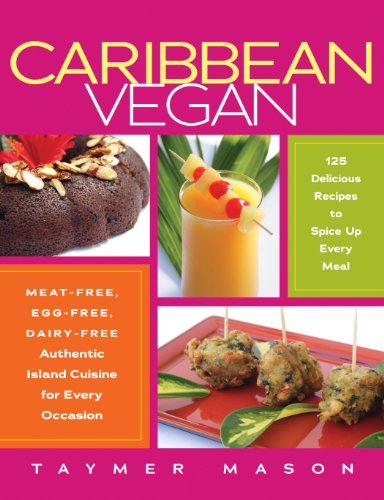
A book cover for Caribbean Vegan: Meat-Free, Egg-Free, Dairy-Free Authentic Island Cuisine for Every Occasion; Taymer Mason; Cookbooks, Food & Wine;